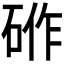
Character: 𮀟